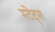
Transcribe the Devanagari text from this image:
स्टेट्‍स